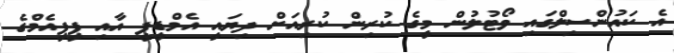
އެ ކައުންސިލްގައި ވޯޓުލުން މީގެ ކުރިން ކުރިއަށް ދިޔައީ އެމްޑީޕީ އާއި ޕީޕީއެމްގެ